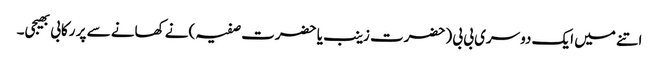
اتنے میں ایک دوسری بی بی (حضرت زینب یا حضرت صفیہ )نے کھانے سے پر رکابی بھیجی۔